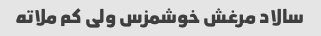
سالاد مرغش خوشمزس ولی کم ملاته